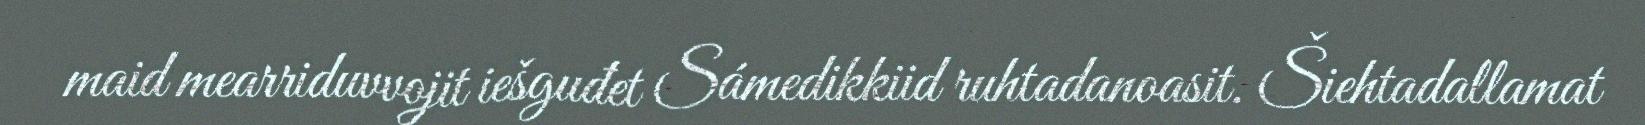
maid mearriduvvojit iešguđet Sámedikkiid ruhtadanoasit. Šiehtadallamat